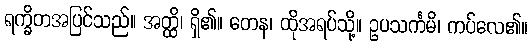
ရက္ခိတအပြင်သည်။ အတ္ထိ၊ ရှိ၏။ တေန၊ ထိုအရပ်သို့။ ဥပသင်္ကမိ၊ ကပ်လေ၏။